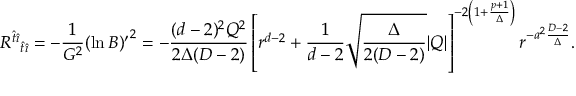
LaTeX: { { \cal R } ^ { \hat { t } \hat { \imath } } } _ { \hat { t } \hat { \imath } } = - { \frac { 1 } { G ^ { 2 } } } { ( \ln B ) ^ { \prime } } ^ { 2 } = - { \frac { ( d - 2 ) ^ { 2 } Q ^ { 2 } } { 2 \Delta ( D - 2 ) } } \left[ r ^ { d - 2 } + { \frac { 1 } { d - 2 } } \sqrt { \frac { \Delta } { 2 ( D - 2 ) } } | Q | \right] ^ { - 2 \left( 1 + { \frac { p + 1 } { \Delta } } \right) } r ^ { - a ^ { 2 } { \frac { D - 2 } { \Delta } } } .